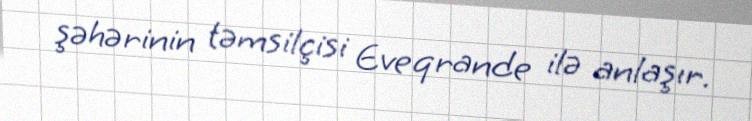
şəhərinin təmsilçisi Eveqrande ilə anlaşır.